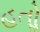
હતોૢ